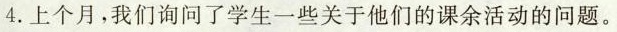
4.上个月,我们询问了学生一些关于他们的课余活动的问题。